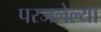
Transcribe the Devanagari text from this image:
परजलेल्या